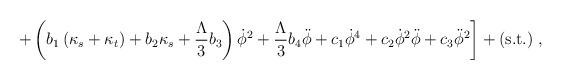
LaTeX: \begin{align*}\left. + \left(b_1 \left(\kappa_s + \kappa_t \right) +b_2\kappa_s + \frac{\Lambda}{3}b_3\right)\dot{\phi}^2+\frac{\Lambda}{3}b_4 \ddot{\phi}+ c_1 \dot{\phi}^4 +c_2 \dot{\phi}^2\ddot{\phi} +c_3 \ddot{\phi}^2 \right] +(\mbox{s.t.})\;, \end{align*}